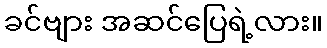
ခင်ဗျား အဆင်ပြေရဲ့လား။